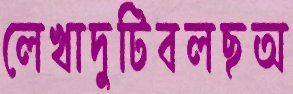
লেখাদুটিবলছঅ